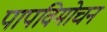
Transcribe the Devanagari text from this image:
पापविमोचन